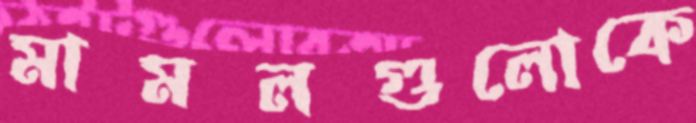
মামলগুলোকে